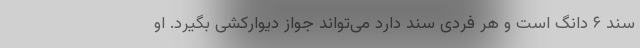
سند ۶ دانگ است و هر فردی سند دارد می‌تواند جواز دیوارکشی بگیرد. او